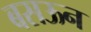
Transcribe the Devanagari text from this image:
बसऊन